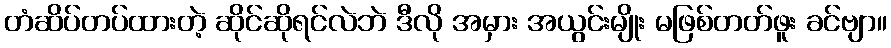
တံဆိပ်တပ်ထားတဲ့ ဆိုင်ဆိုရင်လဲဘဲ ဒီလို အမှား အယွင်းမျိုး မဖြစ်တတ်ဖူး ခင်ဗျာ။